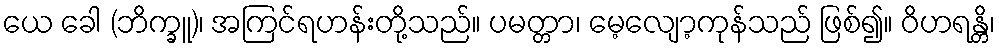
ယေ ခေါ (ဘိက္ခူ)၊ အကြင်ရဟန်းတို့သည်။ ပမတ္တာ၊ မေ့လျော့ကုန်သည် ဖြစ်၍။ ဝိဟရန္တိ၊